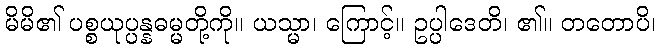
မိမိ၏ ပစ္စယုပ္ပန္နဓမ္မတို့ကို။ ယသ္မာ၊ ကြောင့်။ ဥပ္ပါဒေတိ၊ ၏။ တတောပိ၊